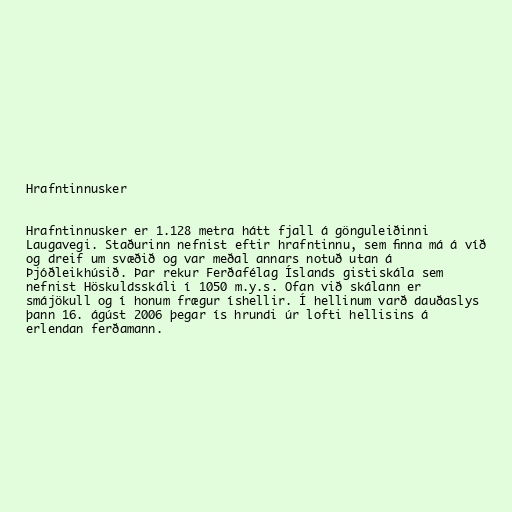
Hrafntinnusker

Hrafntinnusker er 1.128 metra hátt fjall á gönguleiðinni
Laugavegi. Staðurinn nefnist eftir hrafntinnu, sem finna má á víð
og dreif um svæðið og var meðal annars notuð utan á
Þjóðleikhúsið. Þar rekur Ferðafélag Íslands gistiskála sem
nefnist Höskuldsskáli í 1050 m.y.s. Ofan við skálann er
smájökull og í honum frægur íshellir. Í hellinum varð dauðaslys
þann 16. ágúst 2006 þegar ís hrundi úr lofti hellisins á
erlendan ferðamann.